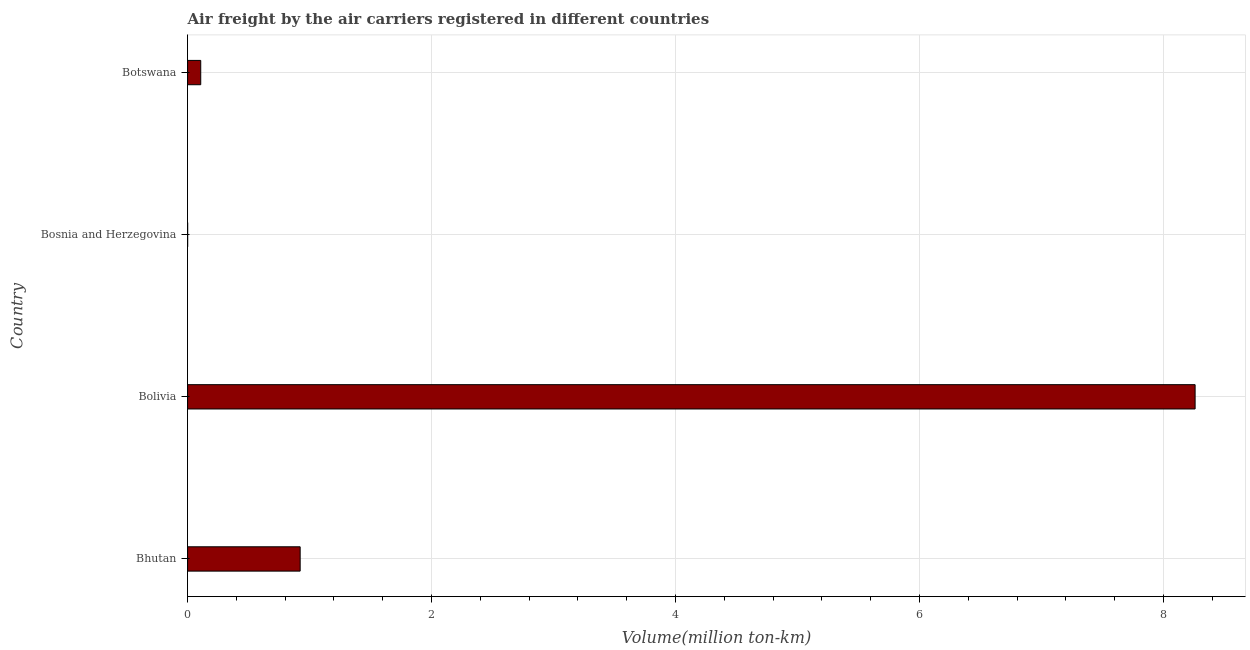
| Country | Air transport |
 | --- | --- |
 | Bhutan | 0.923 |
 | Bolivia | 8.26 |
 | Bosnia and Herzegovina | 0.000408 |
 | Botswana | 0.108 |